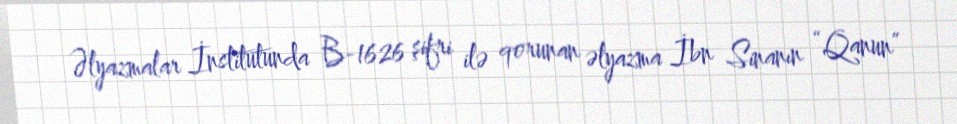
Əlyazmalar İnstitutunda B-1626 şifri ilə qorunan əlyazma İbn Sinanın “Qanun”